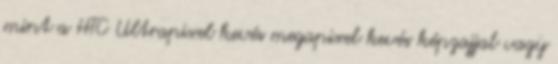
mint a HTC Ultrapixel kevés megapixel kevés képzajjal vagy